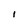
Character: I